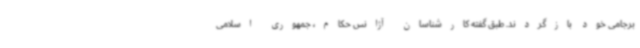
برجامی خود بازگردند. طبق گفته کارشناسان آژانس حکام، جمهوری اسلامی